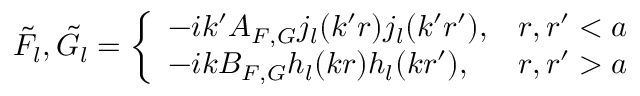
\tilde { F } _ { l } , \tilde { G } _ { l } = \left\{ \begin{array} { l l } { { - i k ^ { \prime } A _ { F , G } j _ { l } ( k ^ { \prime } r ) j _ { l } ( k ^ { \prime } r ^ { \prime } ) , } } & { { r , r ^ { \prime } < a } } \\ { { - i k B _ { F , G } h _ { l } ( k r ) h _ { l } ( k r ^ { \prime } ) , } } & { { r , r ^ { \prime } > a } } \end{array} \right.